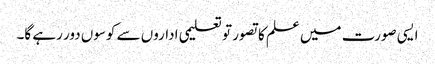
ایسی صورت میں علم کا تصور تو تعلیمی اداروں سے کوسوں دور رہے گا۔